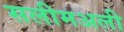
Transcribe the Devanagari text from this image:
सलीमअली